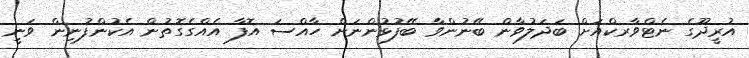
އުރީދޫގެ ނެޓްވާރކްއަށް ބަދަލުވާން ބޭނުންވާ ބޭފުޅުންނަށް ހާއްސަ އޮފާ އެއްގެގޮތުން އެކުންފުނިން ވަނީ